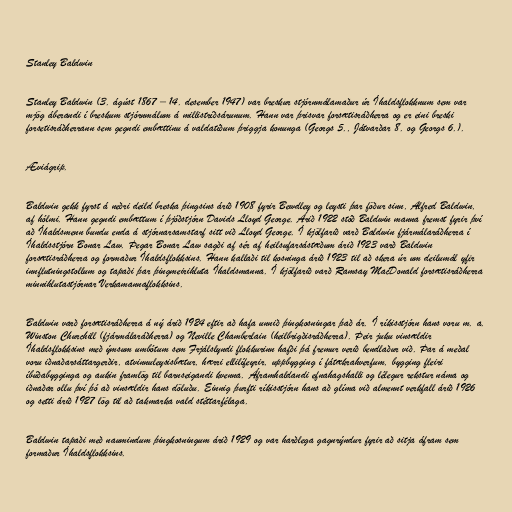
Stanley Baldwin

Stanley Baldwin (3. ágúst 1867 – 14. desember 1947) var breskur stjórnmálamaður úr Íhaldsflokknum sem var
mjög áberandi í breskum stjórnmálum á millistríðsárunum. Hann var þrisvar forsætisráðherra og er eini breski
forsetisráðherrann sem gegndi embættinu á valdatíðum þriggja konunga (Georgs 5., Játvarðar 8. og Georgs 6.).

Æviágrip.

Baldwin gekk fyrst á neðri deild breska þingsins árið 1908 fyrir Bewdley og leysti þar föður sinn, Alfred Baldwin,
af hólmi. Hann gegndi embættum í þjóðstjórn Davids Lloyd George. Árið 1922 stóð Baldwin manna fremst fyrir því
að Íhaldsmenn bundu enda á stjórnarsamstarf sitt við Lloyd George. Í kjölfarið varð Baldwin fjármálaráðherra í
Íhaldsstjórn Bonar Law. Þegar Bonar Law sagði af sér af heilsufarsástæðum árið 1923 varð Baldwin
forsætisráðherra og formaður Íhaldsflokksins. Hann kallaði til kosninga árið 1923 til að skera úr um deilumál yfir
innflutningstollum og tapaði þar þingmeirihluta Íhaldsmanna. Í kjölfarið varð Ramsay MacDonald forsætisráðherra
minnihlutastjórnar Verkamannaflokksins.

Baldwin varð forsætisráðherra á ný árið 1924 eftir að hafa unnið þingkosningar það ár. Í ríkisstjórn hans voru m. a.
Winston Churchill (fjármálaráðherra) og Neville Chamberlain (heilbrigðisráðherra). Þeir juku vinsældir
Íhaldsflokksins með ýmsum umbótum sem Frjálslyndi flokkurinn hafði þá fremur verið bendlaður við. Þar á meðal
voru iðnaðarsáttargerðir, atvinnuleysisbætur, hærri ellilífeyrir, uppbygging í fátækrahverfum, bygging fleiri
íbúðabygginga og aukin framlög til barnseigandi kvenna. Áframhaldandi efnahagshalli og lélegur rekstur náma og
iðnaðar ollu því þó að vinsældir hans döluðu. Einnig þurfti ríkisstjórn hans að glíma við almennt verkfall árið 1926
og setti árið 1927 lög til að takmarka vald stéttarfélaga.

Baldwin tapaði með naumindum þingkosningum árið 1929 og var harðlega gagnrýndur fyrir að sitja áfram sem
formaður Íhaldsflokksins.